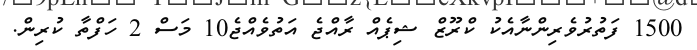
1500 ފަތުރުވެރިންނާއެކު ކްރޫޒް ޝިޕެއް ރާއްޖެ އަތުވެއްޖެ10 މަސް 2 ހަފްތާ ކުރިން.